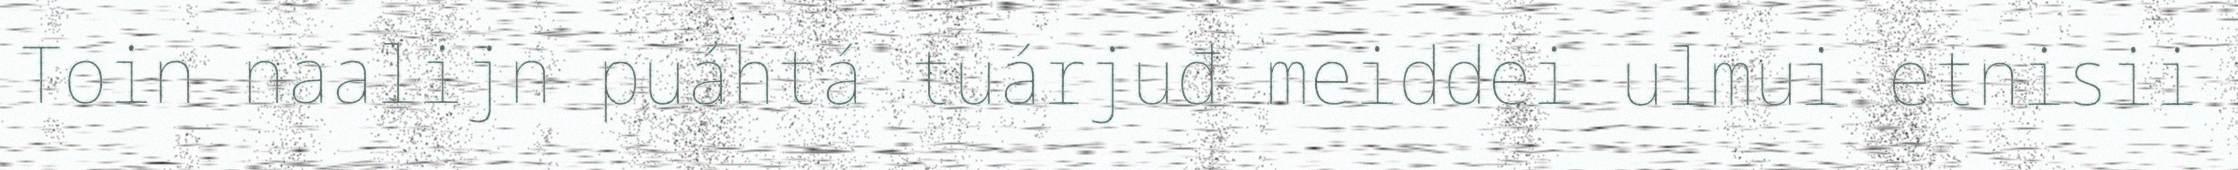
Toin naalijn puáhtá tuárjuđ meiddei ulmui etnisii